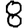
Digit: 8